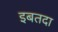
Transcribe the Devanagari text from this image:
इबतदा